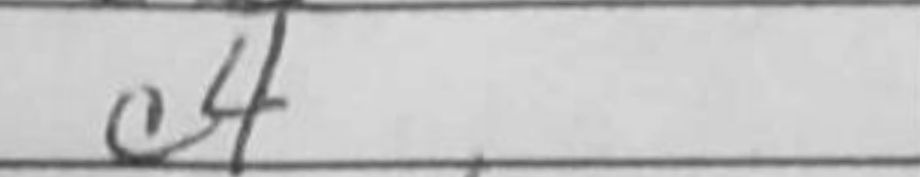
Transcription: c4